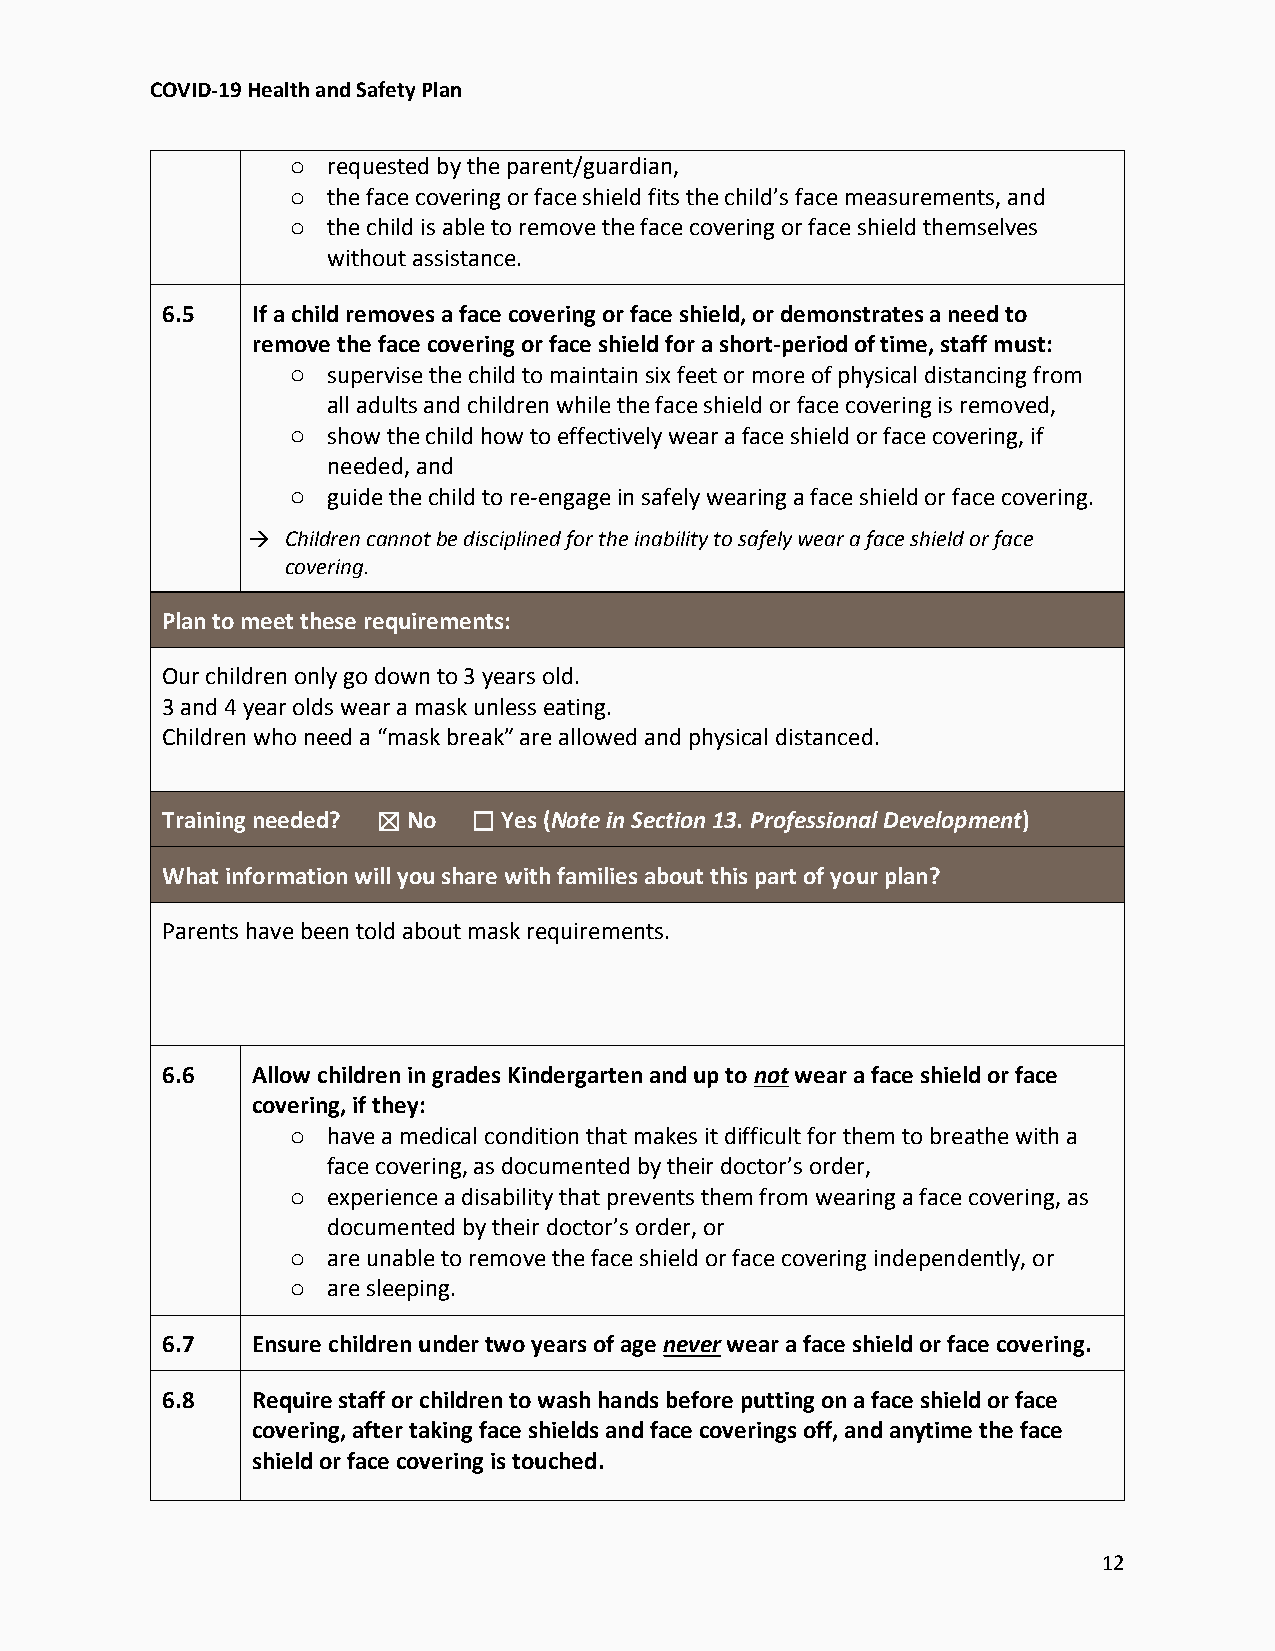
COVID-19 Health and Safety Plan
 o  requested by the parent/guardian,
 o  the face covering or face shield fits the child’s face measurements, and
 o  the child is able to remove the face covering or face shield themselves
 without assistance.
 6.5   If a child removes a face covering or face shield, or demonstrates a need to
 remove the face covering or face shield for a short-period of time, staff must:
 o  supervise the child to maintain six feet or more of physical distancing from
 all adults and children while the face shield or face covering is removed,
 o  show the child how to effectively wear a face shield or face covering, if
 needed, and
 o  guide the child to re-engage in safely wearing a face shield or face covering.
   Children cannot be disciplined for the inability to safely wear a face shield or face
 covering.
 Plan to meet these requirements:
 Our children only go down to 3 years old.
 3 and 4 year olds wear a mask unless eating.
 Children who need a “mask break” are allowed and physical distanced.
 Training needed? ☒ No ☐ Yes (Note in Section 13. Professional Development)
 What information will you share with families about this part of your plan?
 Parents have been told about mask requirements.
 6.6   Allow children in grades Kindergarten and up to not wear a face shield or face
 covering, if they:
 o  have a medical condition that makes it difficult for them to breathe with a
 face covering, as documented by their doctor’s order,
 o  experience a disability that prevents them from wearing a face covering, as
 documented by their doctor’s order, or
 o  are unable to remove the face shield or face covering independently, or
 o  are sleeping.
 6.7   Ensure children under two years of age never wear a face shield or face covering.
 6.8   Require staff or children to wash hands before putting on a face shield or face
 covering, after taking face shields and face coverings off, and anytime the face
 shield or face covering is touched.
 12